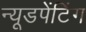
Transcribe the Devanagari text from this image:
न्यूडपेंटिंग